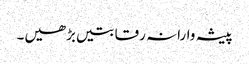
پیشہ وارانہ رقابتیں بڑھیں۔